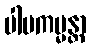
ပါပကမ္မန္တာ